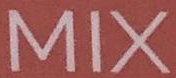
MIX